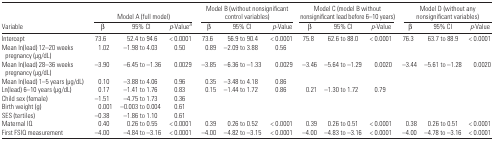
<table><thead><tr><td></td><td colspan="3"><b>Model A (full model)</b></td><td colspan="3"><b>Model B (without nonsignificant control variables)</b></td><td colspan="3"><b>Model C (model B without nonsignificant lead before 6–10 years)</b></td><td colspan="3"><b>Model D (without any nonsignificant variables)</b></td></tr><tr><td><b>Variable</b></td><td><b>β</b></td><td><b>95% CI</b></td><td><b><i>p</i>-Valuea</b></td><td><b>β</b></td><td><b>95% CI</b></td><td><b><i>p</i>-Value</b></td><td><b>β</b></td><td><b>95% CI</b></td><td><b><i>p</i>-Value</b></td><td><b>β</b></td><td><b>95% CI</b></td><td><b><i>p</i>-Value</b></td></tr></thead><tbody><tr><td>Intercept</td><td>73.6</td><td>52.4 to 94.6</td><td>&lt; 0.0001</td><td>73.6</td><td>56.9 to 90.4</td><td>&lt; 0.0001</td><td>75.8</td><td>62.6 to 88.0</td><td>&lt; 0.0001</td><td>76.3</td><td>63.7 to 88.9</td><td>&lt; 0.0001</td></tr><tr><td>Mean ln(lead) 12–20 weeks pregnancy (μg/dL)</td><td>1.02</td><td>−1.98 to 4.03</td><td>0.50</td><td>0.89</td><td>−2.09 to 3.88</td><td>0.56</td><td></td><td></td><td></td><td></td><td></td><td></td></tr><tr><td>Mean ln(lead) 28–36 weeks pregnancy (μg/dL)</td><td>−3.90</td><td>−6.45 to −1.36</td><td>0.0029</td><td>−3.85</td><td>−6.36 to −1.33</td><td>0.0029</td><td>−3.46</td><td>−5.64 to −1.29</td><td>0.0020</td><td>−3.44</td><td>−5.61 to −1.28</td><td>0.0020</td></tr><tr><td>Mean ln(lead) 1–5 years (μg/dL)</td><td>0.10</td><td>−3.88 to 4.06</td><td>0.96</td><td>0.35</td><td>−3.48 to 4.18</td><td>0.86</td><td></td><td></td><td></td><td></td><td></td><td></td></tr><tr><td>Ln(lead) 6–10 years (μg/dL)</td><td>0.17</td><td>−1.41 to 1.76</td><td>0.83</td><td>0.15</td><td>−1.44 to 1.72</td><td>0.86</td><td>0.21</td><td>−1.30 to 1.72</td><td>0.79</td><td></td><td></td><td></td></tr><tr><td>Child sex (female)</td><td>−1.51</td><td>−4.75 to 1.73</td><td>0.36</td><td></td><td></td><td></td><td></td><td></td><td></td><td></td><td></td><td></td></tr><tr><td>Birth weight (g)</td><td>0.001</td><td>−0.003 to 0.004</td><td>0.61</td><td></td><td></td><td></td><td></td><td></td><td></td><td></td><td></td><td></td></tr><tr><td>SES (tertiles)</td><td>−0.38</td><td>−1.86 to 1.10</td><td>0.61</td><td></td><td></td><td></td><td></td><td></td><td></td><td></td><td></td><td></td></tr><tr><td>Maternal IQ</td><td>0.40</td><td>0.26 to 0.55</td><td>&lt; 0.0001</td><td>0.39</td><td>0.26 to 0.52</td><td>&lt; 0.0001</td><td>0.39</td><td>0.26 to 0.51</td><td>&lt; 0.0001</td><td>0.38</td><td>0.26 to 0.51</td><td>&lt; 0.0001</td></tr><tr><td>First FSIQ measurement</td><td>−4.00</td><td>−4.84 to −3.16</td><td>&lt; 0.0001</td><td>−4.00</td><td>−4.82 to −3.15</td><td>&lt; 0.0001</td><td>−4.00</td><td>−4.83 to −3.16</td><td>&lt; 0.0001</td><td>−4.00</td><td>−4.78 to −3.16</td><td>&lt; 0.0001</td></tr></tbody></table>